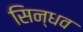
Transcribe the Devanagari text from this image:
सिन्धव